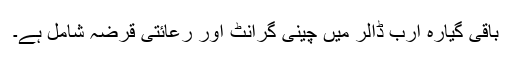
باقی گیارہ ارب ڈالر میں چینی گرانٹ اور رعائتی قرضہ شامل ہے۔